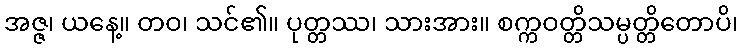
အဇ္ဇ၊ ယနေ့။ တဝ၊ သင်၏။ ပုတ္တဿ၊ သားအား။ စက္ကဝတ္တိသမ္ပတ္တိတောပိ၊